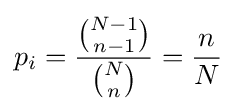
p_{i}={\frac {\binom {N-1}{n-1}}{\binom {N}{n}}}={\frac {n}{N}}